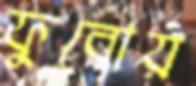
ফুরোয়